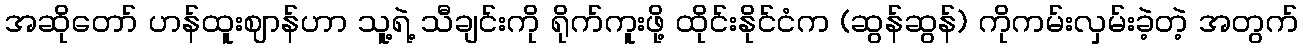
အဆိုတော် ဟန်ထူးဈာန်ဟာ သူ့ရဲ့ သီချင်းကို ရိုက်ကူးဖို့ ထိုင်းနိုင်ငံက (ဆွန်ဆွန်) ကိုကမ်းလှမ်းခဲ့တဲ့ အတွက်